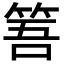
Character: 𥭠